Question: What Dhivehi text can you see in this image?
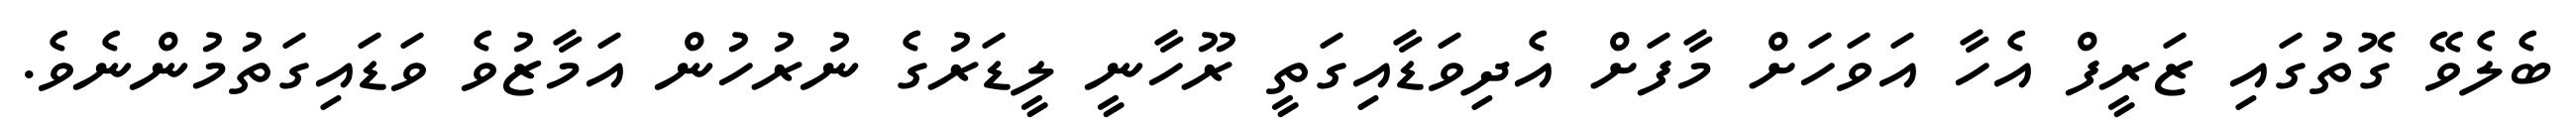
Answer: ބެލެވޭ ގޮތުގައި ޒަރީފް އެހާ އަވަހަށް މާފަށް އެދިވަޑާއިގަތީ ރޫހާނީ ލީޑަރުގެ ނުރުހުން އަމާޒުވެ ވަޑައިގަތުމުންނެވެ.